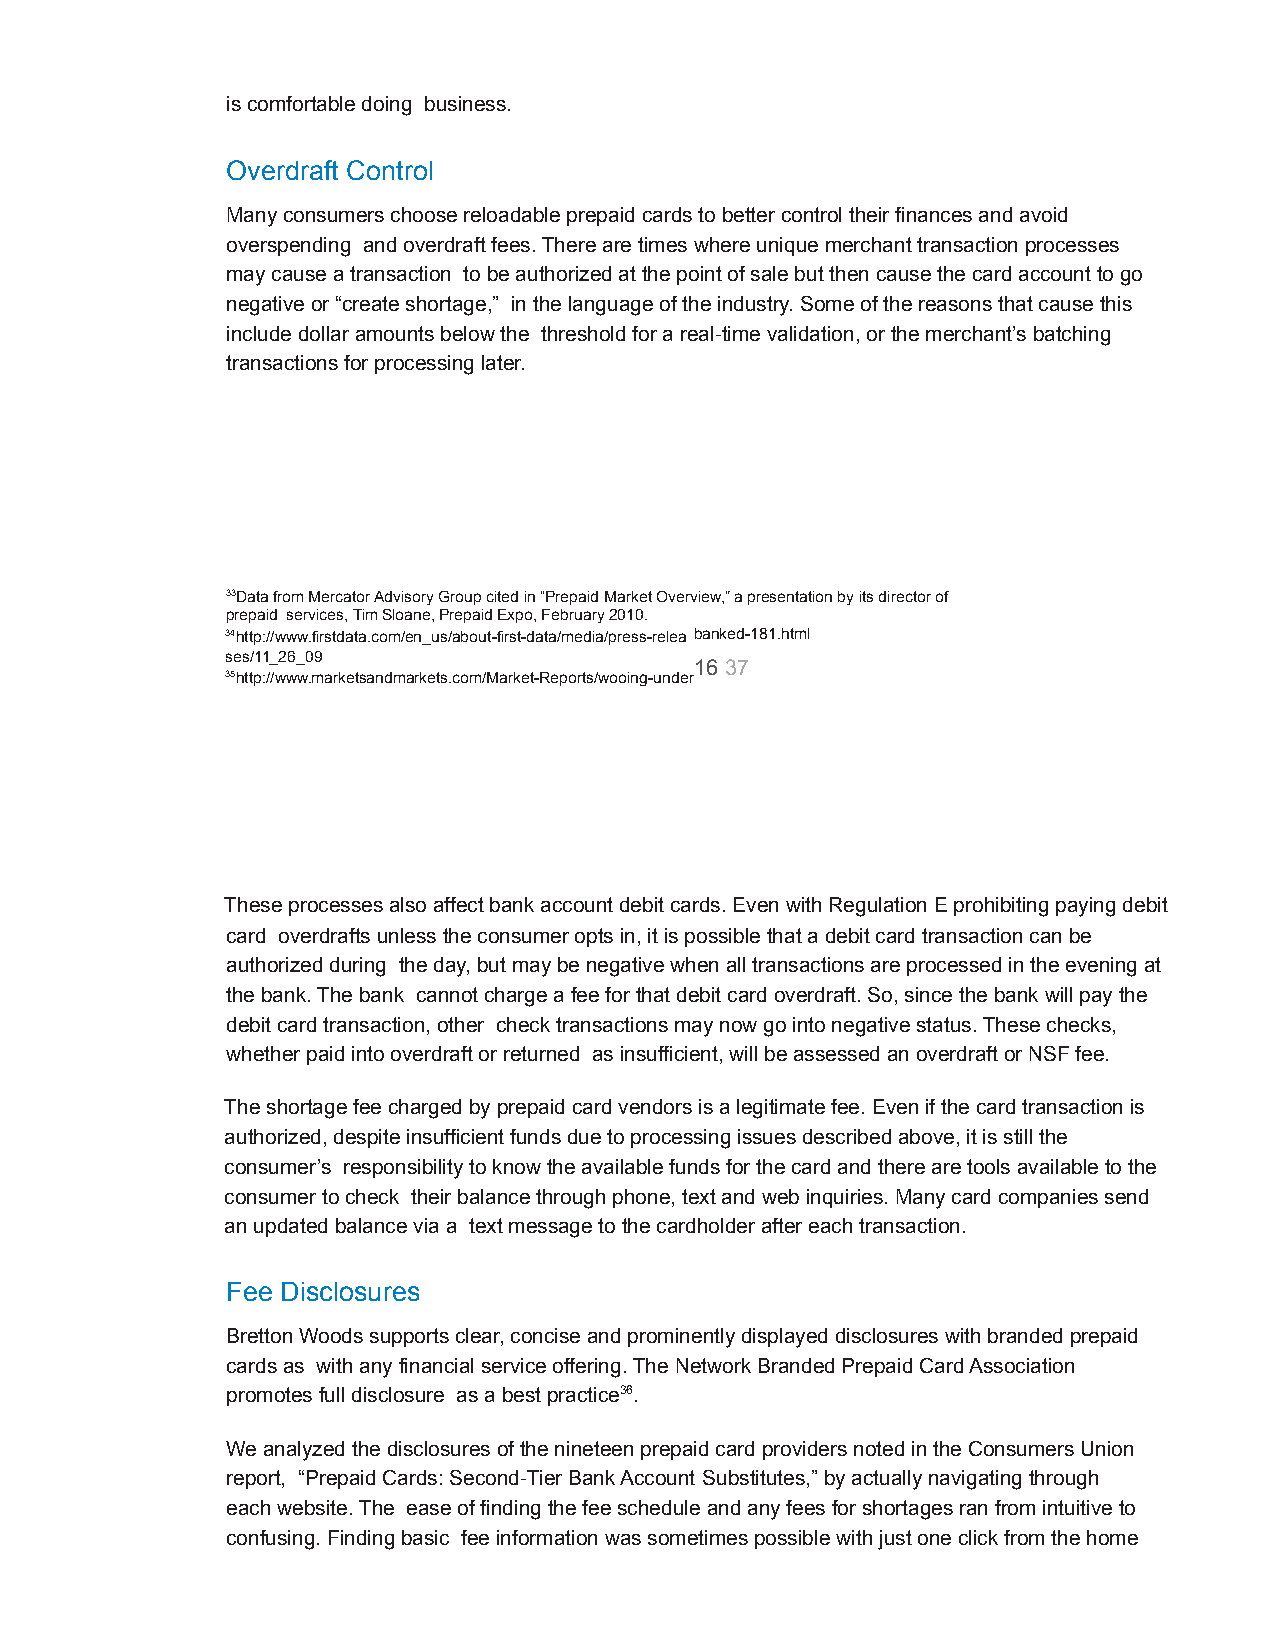
is comfortable doing business.
 Overdraft Control
 Many consumers choose reloadable prepaid cards tobetter control their finances and avoid
 overspending and overdraft fees. There are timeswhere unique merchant transaction processes
 may cause a transaction to be authorized at the pointof sale but then cause the card account to go
 negative or “create shortage,” in the language ofthe industry. Some of the reasons that cause this
 include dollar amounts below the threshold for areal-time validation, or the merchant’s batching
 transactions for processing later.
 33Data from Mercator Advisory Group cited in “PrepaidMarket Overview,” a presentation by its directorof
 prepaid services, Tim Sloane, Prepaid Expo, February2010.
 34http://www.firstdata.com/en_us/about-first-data/media/press-relea banked-181.html
 ses/11_26_09
 1637
 35http://www.marketsandmarkets.com/Market-Reports/wooing-under
 RELOADABLE PREPAID CARD ANALYSIS
 MARCH, 2011
 BRETTON WOODS, INC.
 These processes also affect bank account debit cards.Even with Regulation E prohibiting paying debit
 card overdrafts unless the consumer opts in, it ispossible that a debit card transaction can be
 authorized during the day, but may be negative whenall transactions are processed in the evening at
 the bank. The bank cannot charge a fee for that debitcard overdraft. So, since the bank will pay the
 debit card transaction, other check transactionsmay now go into negative status. These checks,
 whether paid into overdraft or returned as insufficient,will be assessed an overdraft or NSF fee.
 The shortage fee charged by prepaid card vendors isa legitimate fee. Even if the card transaction is
 authorized, despite insufficient funds due to processingissues described above, it is still the
 consumer’s responsibility to know the available fundsfor the card and there are tools available to the
 consumer to check their balance through phone, textand web inquiries. Many card companies send
 an updated balance via a text message to the cardholderafter each transaction.
 Fee Disclosures
 Bretton Woods supports clear, concise and prominentlydisplayed disclosures with branded prepaid
 cards as with any financial service offering. TheNetwork Branded Prepaid Card Association
 promotes full disclosure as a best practice36.
 We analyzed the disclosures of the nineteen prepaidcard providers noted in the Consumers Union
 report, “Prepaid Cards: Second-Tier Bank Account Substitutes,” by actually navigating through
 each website. The ease of finding the fee scheduleand any fees for shortages ran from intuitive to
 confusing. Finding basic fee information was sometimespossible with just one click from the home